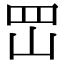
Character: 𡶩